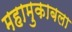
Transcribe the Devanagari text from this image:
महामुकाबला